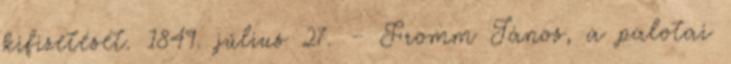
kifizetését. 1849. július 27. – Fromm János, a palotai